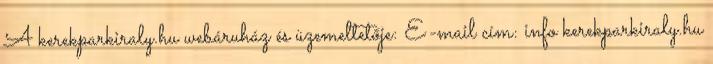
A kerekparkiraly.hu webáruház és üzemeltetője: E-mail cím: info kerekparkiraly.hu